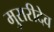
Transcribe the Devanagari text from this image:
मुरारीदेव